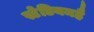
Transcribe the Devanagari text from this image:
स्टेडियमहै